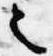
之